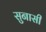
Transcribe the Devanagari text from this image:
सुनासी